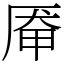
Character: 厣